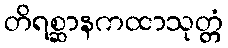
တိရစ္ဆာနကထာသုတ္တံ